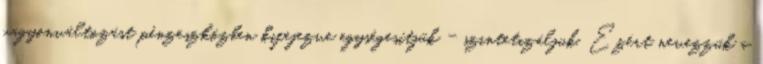
vagyonváltozást pénzeszközben kifejezve egységesítjük - szintetizáljuk. Ezért nevezzük a